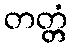
တတ္တံ